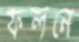
ফলনে